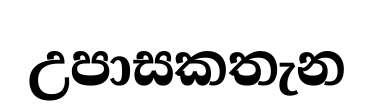
උපාසකතැන